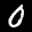
Label: 0